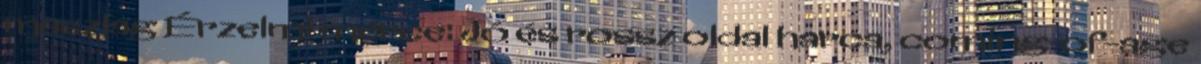
maszlag Érzelmi mérce: Jó és rossz oldal harca, coming-of-age